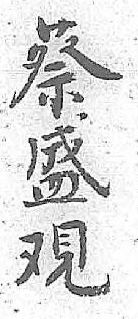
蔡盛覌